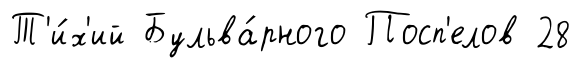
Т'и́х'ий Бульва́рного Посп'елов 28